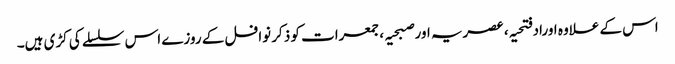
اس کے علاوہ اوراد فتحیہ، عصریہ اور صبحیہ ،جمعرات کو ذکر نوافل کے روزے اس سلسلے کی کڑی ہیں۔